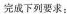
完成下列要求：